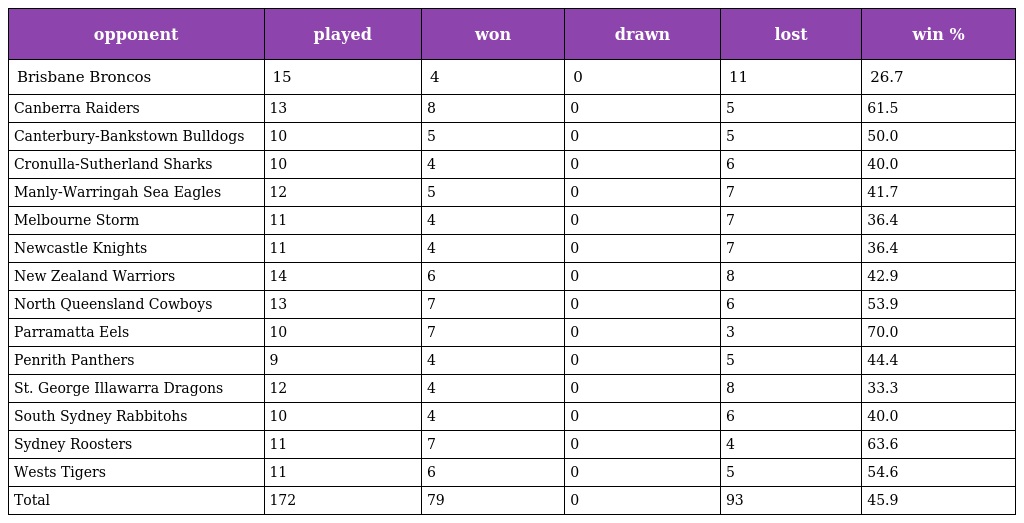
| opponent | played | won | drawn | lost | win % |
 | --- | --- | --- | --- | --- | --- |
 | Brisbane Broncos | 15 | 4 | 0 | 11 | 26.7 |
 | Canberra Raiders | 13 | 8 | 0 | 5 | 61.5 |
 | Canterbury-Bankstown Bulldogs | 10 | 5 | 0 | 5 | 50.0 |
 | Cronulla-Sutherland Sharks | 10 | 4 | 0 | 6 | 40.0 |
 | Manly-Warringah Sea Eagles | 12 | 5 | 0 | 7 | 41.7 |
 | Melbourne Storm | 11 | 4 | 0 | 7 | 36.4 |
 | Newcastle Knights | 11 | 4 | 0 | 7 | 36.4 |
 | New Zealand Warriors | 14 | 6 | 0 | 8 | 42.9 |
 | North Queensland Cowboys | 13 | 7 | 0 | 6 | 53.9 |
 | Parramatta Eels | 10 | 7 | 0 | 3 | 70.0 |
 | Penrith Panthers | 9 | 4 | 0 | 5 | 44.4 |
 | St. George Illawarra Dragons | 12 | 4 | 0 | 8 | 33.3 |
 | South Sydney Rabbitohs | 10 | 4 | 0 | 6 | 40.0 |
 | Sydney Roosters | 11 | 7 | 0 | 4 | 63.6 |
 | Wests Tigers | 11 | 6 | 0 | 5 | 54.6 |
 | Total | 172 | 79 | 0 | 93 | 45.9 |